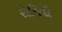
રોજિદી